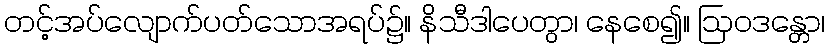
တင့်အပ်လျောက်ပတ်သောအရပ်၌။ နိသီဒါပေတွာ၊ နေစေ၍။ ဩဝဒန္တော၊